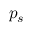
p _ { s }